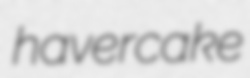
havercake